Problem: 27 + 7 = ?
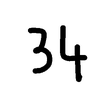
Handwritten answer: 34